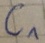
Text: C1